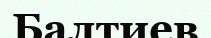
Балтиев